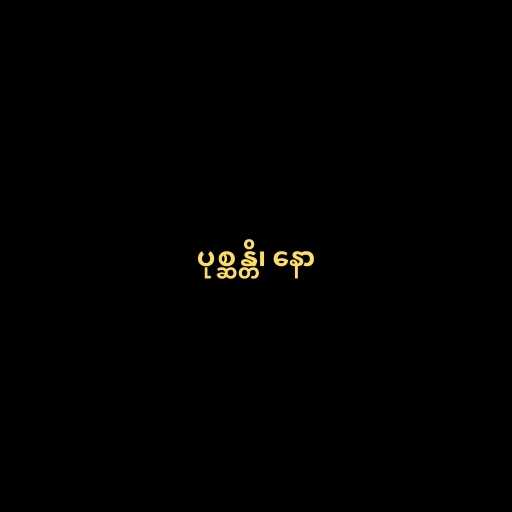
ပုစ္ဆန္တိ၊ နော